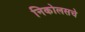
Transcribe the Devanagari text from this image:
निकोलसचे